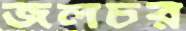
জলচর